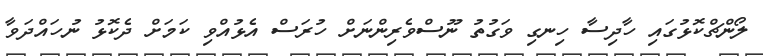
ލޯންޗްކޮޅުގައި ހާދިސާ ހިނގި ވަގުތު ނޫސްވެރިންނަށް ހުރަސް އެޅުއްވި ކަމަށް ދެކޮޅު ނުހައްދަވާ